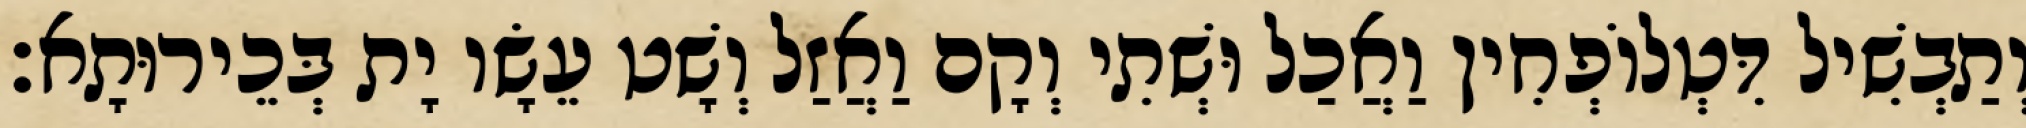
וְתַבְשִׁיל דִּטְלוֹפְחִין וַאֲכַל וּשְׁתִי וְקָם וַאֲזַל וְשָׁט עֵשָׂו יָת בְּכֵירוּתָא׃